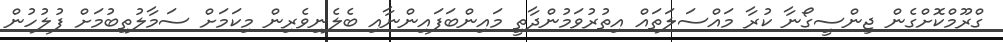
ގްރޫމްކޮށްގެން ޖިންސީގޯނާ ކުރާ މައްސަލަތައް އިތުރުވަމުންދާތީ މައިންބަފައިންނާއި ބެލެނިވެރިން މިކަމަށް ސަމާލުތިބުމަށް ފުލުހުން